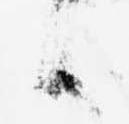
候